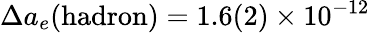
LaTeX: \Delta a_{e}(\mathrm{hadron})=1.6(2)\times 10^{-12}